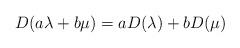
LaTeX: \begin{align*}D(a\lambda+b\mu) = aD(\lambda) + bD(\mu)\end{align*}